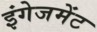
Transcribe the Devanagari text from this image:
इंगेजमेंट